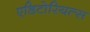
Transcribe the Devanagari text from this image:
एडिटोरियल्स